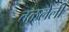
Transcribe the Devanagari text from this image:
तळलेली